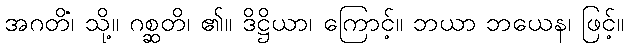
အဂတိံ၊ သို့။ ဂစ္ဆတိ၊ ၏။ ဒိဋ္ဌိယာ၊ ကြောင့်။ ဘယာ ဘယေန၊ ဖြင့်။